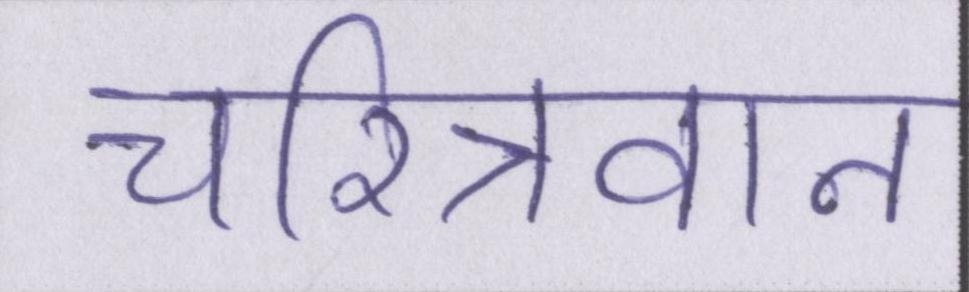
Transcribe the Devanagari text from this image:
चरित्रवान